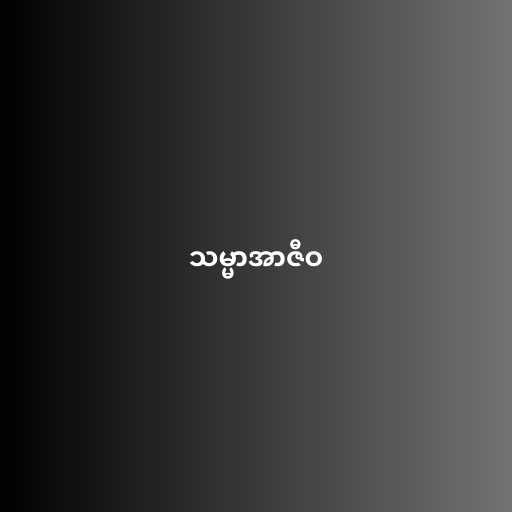
သမ္မာအာဇီဝ